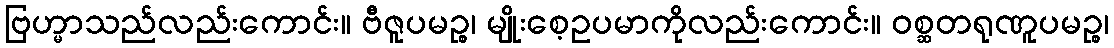
ဗြဟ္မာသည်လည်းကောင်း။ ဗီဇူပမဉ္စ၊ မျိုးစေ့ဥပမာကိုလည်းကောင်း။ ဝစ္ဆတရုဏူပမဉ္စ၊